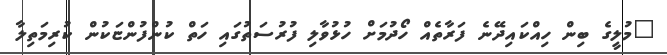
"މުލީގެ ބިން ހިއްކައިދޭނެ ފަރާތެއް ހޯދުމަށް ހުޅުވާލި ފުރުސަތުގައި ހަތް ކުންފުންޏަކުން ކުރިމަތިލާ